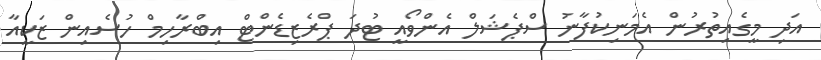
އަދި މީގެއިތުރުން އެމަނިކުފާނު ސްޕެޝަލް އެންވޯއީ ޓުދަ ޕްރެޒިޑެންޓް އިބްރާހިމް ހުސެއިން ޒަކީއާ